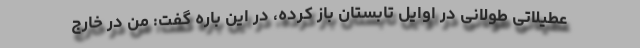
عطیلاتی طولانی در اوایل تابستان باز کرده، در این باره گفت: من در خارج